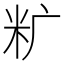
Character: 𰪩